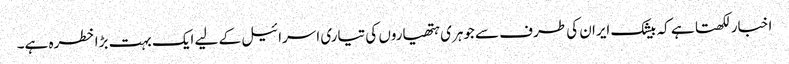
اخبار لکھتا ہے کہ بیشک ایران کی طرف سے جوہری ہتھیاروں کی تیاری اسرائیل کے لیے ایک بہت بڑا خطرہ ہے۔